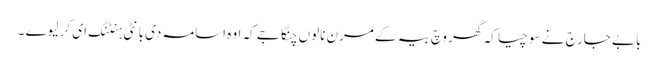
بابے جارج نے سوچیا کہ گھر وچ بیہ کے مرن نالوں چنگا جے کہ اوہ اسامہ دی بانٹی ہنٹنگ ای کر لیوے ۔